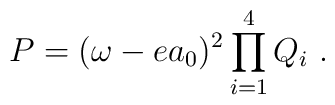
P = (\omega - e a_0)^2 \prod_{i=1}^4  Q_i \ .